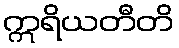
ဣရိယတီတိ